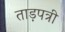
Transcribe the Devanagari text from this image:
ताड़पत्री